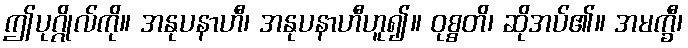
ဤပုဂ္ဂိုလ်ကို။ အနုပနာဟီ၊ အနုပနာဟီဟူ၍။ ဝုစ္စတိ၊ ဆိုအပ်၏။ အမက္ခီ၊